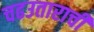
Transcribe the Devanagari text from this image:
चढउताराची